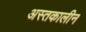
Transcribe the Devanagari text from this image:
अस्तकालीन